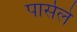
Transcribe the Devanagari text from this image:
पार्सले